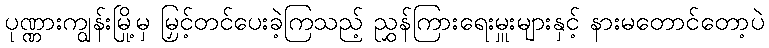
ပုဏ္ဏားကျွန်းမြို့မှ မြှင့်တင်ပေးခဲ့ကြသည့် ညွှန်ကြားရေးမှူးများနှင့် နားမတောင်တော့ပဲ